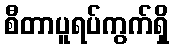
စီတာပူရပ်ကွက်ရှိ